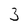
Character: 3